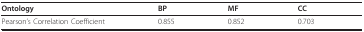
<table><thead><tr><td><b>Ontology</b></td><td><b>BP</b></td><td><b>MF</b></td><td><b>CC</b></td></tr></thead><tbody><tr><td>Pearson&#x27;s Correlation Coefficient</td><td>0.855</td><td>0.852</td><td>0.703</td></tr></tbody></table>